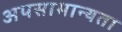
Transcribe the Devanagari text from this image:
अपसामान्यता